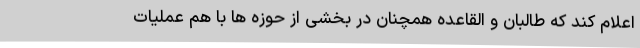
اعلام کند که طالبان و القاعده همچنان در بخشی از حوزه ها با هم عملیات